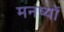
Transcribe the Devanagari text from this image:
मनष्यों